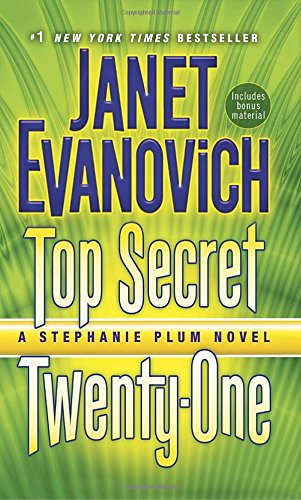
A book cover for Top Secret Twenty-One: A Stephanie Plum Novel; Janet Evanovich; Mystery, Thriller & Suspense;